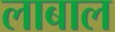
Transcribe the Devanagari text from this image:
लाबाल